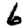
Digit: 6